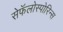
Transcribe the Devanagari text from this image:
सेफॅलोस्पोरिन्स